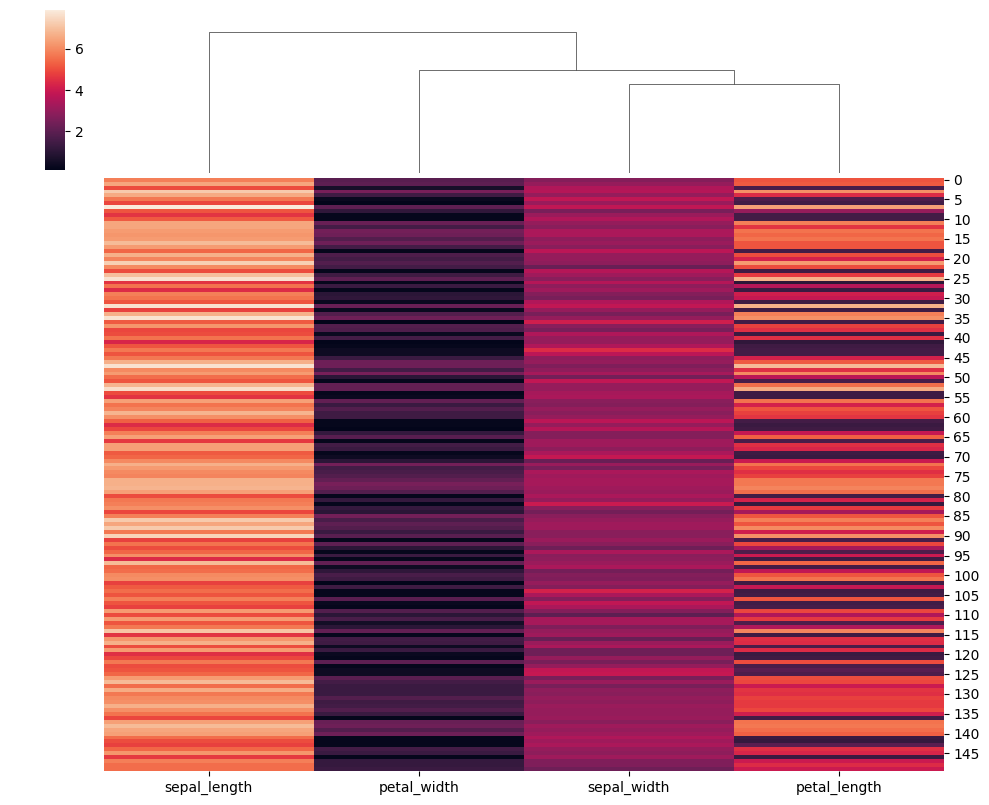
python, seaborn, clustermap, figsize=(10, 8), row_cluster=False, dendrogram_ratio=(0.1, 0.2), cbar_pos=(0.05, 0.8, 0.02, 0.2)